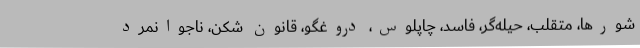
شورها، متقلب، حیله‌گر، فاسد، چاپلوس، دروغگو، قانون شکن، ناجوانمرد